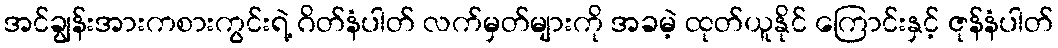
အင်ချွန်းအားကစားကွင်းရဲ့ ဂိတ်နံပါတ် လက်မှတ်များကို အခမဲ့ ထုတ်ယူနိုင် ကြောင်းနှင့် ဇုန်နံပါတ်